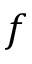
f